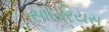
સાઇરિયસ